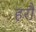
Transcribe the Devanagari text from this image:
हरौ